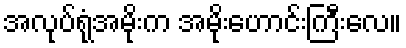
အလုပ်ရုံအမိုးက အမိုးဟောင်းကြီးလေ။